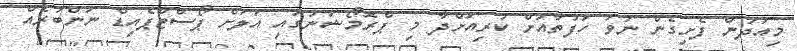
މިއަދުން ފެށިގެން ނުވަ ހަފުތާއަށް ކުރިއަށްދާ މި ޕްރޮމޯޝަނުގައި އަލަށް ޕޯސްޓްޕެއިޑް ނަންބަރެއް